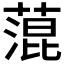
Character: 𦹲